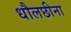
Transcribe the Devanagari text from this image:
धौलछीना